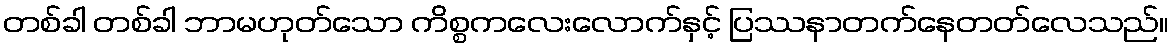
တစ်ခါ တစ်ခါ ဘာမဟုတ်သော ကိစ္စကလေးလောက်နှင့် ပြဿနာတက်နေတတ်လေသည်။